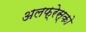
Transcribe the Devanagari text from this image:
अलफ्रेस्को